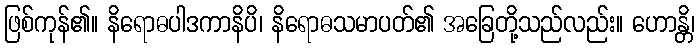
ဖြစ်ကုန်၏။ နိရောဓပါဒကာနိပိ၊ နိရောဓသမာပတ်၏ အခြေတို့သည်လည်း။ ဟောန္တိ၊